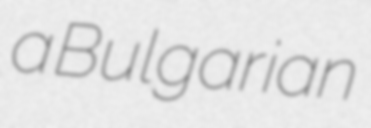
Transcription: a Bulgarian